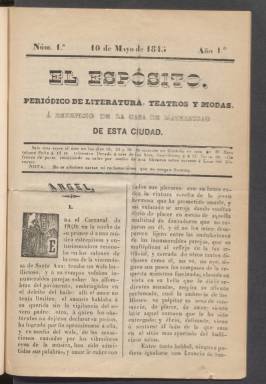
Título: El Espósito (Córdoba)
Otros títulos: Expósito
Colección: Revistas femeninas
Ámbito geográfico: Córdoba
Lugar de publicación: Córdoba
Fechas: 10/05/1845-30/06/1845

Periódico de literatura romántica de 1845 de vida efímera, editado en Córdoba, que llama la atención en primer lugar por la curiosa ortografía de su título, escrito con s en lugar de con x, que testimonia lo inestable del sistema ortográfico español todavía a mediados del siglo XIX. Su nombre obedece a que su beneficio estaba destinado a la Casa de Maternidad de la ciudad.

  La publicación constaba de ocho páginas y salía cada diez días, periodicidad que solo se mantuvo hasta el cuarto número. Entre este y el quinto, que fue el último, pasaron 20 días, lo que refleja mejor que nada la falta de aceptación que tuvo y en general lo difícil que era mantener un periódico en la época si no contaba con financiación suficiente mediante suscriptores o publicidad.

  El Espósito estaba dirigido por Manuel Díez Fernández de Córdoba, que es quien firma el relato trágico y romántico titulado ‘Ángel’ con el que se inician los primeros cuatro números y que ocupa varias páginas en cada uno de ellos. Es una narración que sigue la moda del momento, cuando el romanticismo estaba en pleno auge en España.

  Son interesantes las palabras del periódico en defensa de las poetisas con motivo de la biografía de la condesa de Paredes, monja escritora del siglo XVII: Se pueden leer en el número 2 estas palabras que transcribo con su ortografía: ‘Error muy vulgar es, pero no por eso menos común, el creer que las mujeres son menos aptas que los hombres para los trabajos serios del entendimiento. Escusado es decir que los redactores del Esposito, jóvenes, y como tales apasionados entusiastas del bello secso, no participan de tan disparatada creencia, contra la cual pudieran aducir muchas y muy fundadas razones, si no digeran más que todas ellas los nombres de las Señoritas Avellaneda, Coronado, Armiño y otras dignas rivales en nuestros días de los Zorrillas, Rubis, Larrañagas y demás vates, honra y prez de la poesía castellana’.

   El Espósito llevaba el subtítulo de Periódico de literatura, teatros y modas. Y efectivamente, aparte de los relatos y los poemas, que ocupan una buena parte de su contenido, había crónica teatral y algunos apuntes de moda tanto para las mujeres como para los hombres.

   En sus últimas páginas incluía también bibliografía, dando a conocer las producciones del momento, tanto libros como publicaciones periódicas. También anunciaba litografías con los retratos de dos prestigiosos personajes políticos de la época. El de Espartero, que había sido regente de España, y el de Agustín Argüelles, uno de los padres de la Constitución de Cádiz de 1812 y tutor de Isabel II que había fallecido el año anterior.

[Descripción publicada el 12/09/2023]